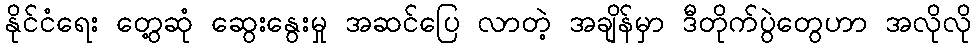
နိုင်ငံရေး တွေ့ဆုံ ဆွေးနွေးမှု အဆင်ပြေ လာတဲ့ အချိန်မှာ ဒီတိုက်ပွဲတွေဟာ အလိုလို